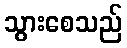
သွားစေသည်